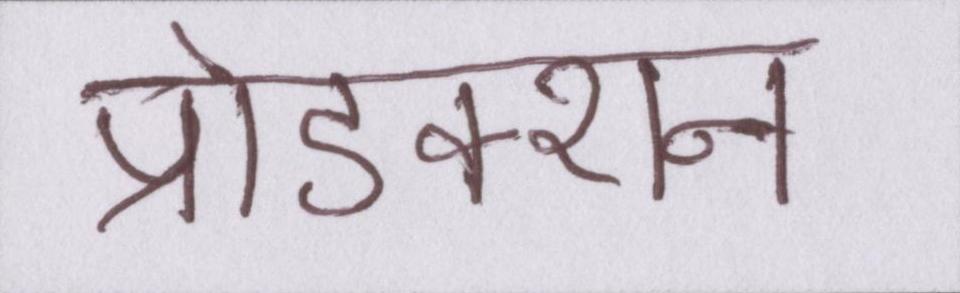
प्रोडक्शन